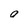
Character: O